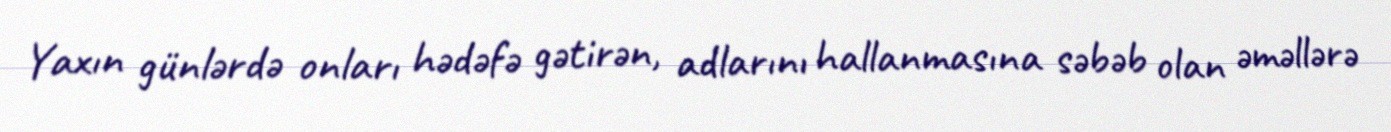
Yaxın günlərdə onları hədəfə gətirən, adlarını hallanmasına səbəb olan əməllərə